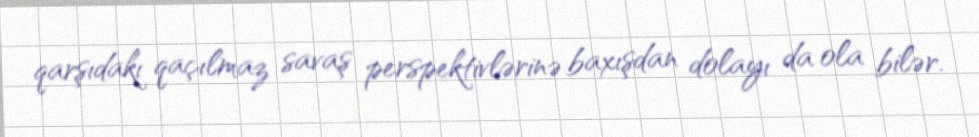
qarşıdakı qaçılmaz savaş perspektivlərinə baxışdan dolayı da ola bilər.